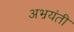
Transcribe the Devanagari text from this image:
अभ्रयंती